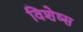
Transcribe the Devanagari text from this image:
विशेष्स